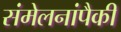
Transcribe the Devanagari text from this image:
संमेलनांपैकी